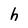
Character: h